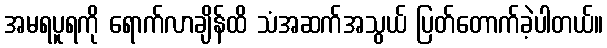
အမရပူရကို ရောက်လာချိန်ထိ သံအဆက်အသွယ် ပြတ်တောက်ခဲ့ပါတယ်။